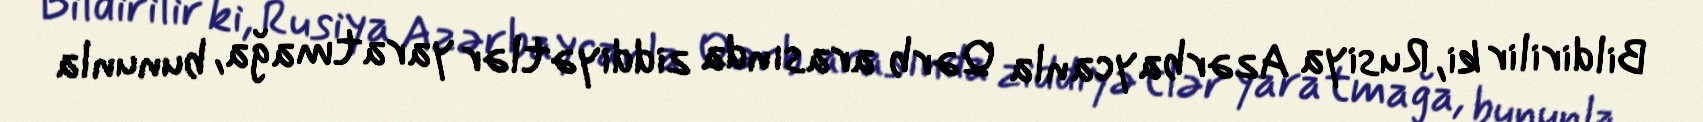
Bildirilir ki, Rusiya Azərbaycanla Qərb arasında ziddiyətlər yaratmağa, bununla